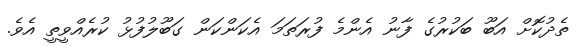
ތެދުކޮށް އަބޫ ބަކުރުގެ ފާނު އެންމެ ފުރަތަމަ އެކަންކަން ގަބޫލުފުޅު ކުރެއްވީތީ އެވެ.